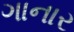
ગાનાર